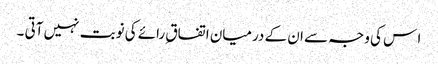
ا س کی وجہ سے ان کے درمیان اتفاق ِرائے کی نوبت نہیں آتی ۔